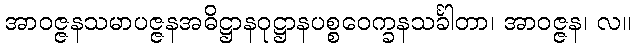
အာဝဇ္ဇနသမာပဇ္ဇနအဓိဋ္ဌာနဝုဋ္ဌာနပစ္စဝေက္ခနသင်္ခါတာ၊ အာဝဇ္ဇန၊ လ။